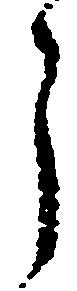
う